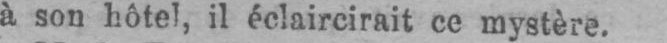
à son hôtel, il éclaircirait ce mystère.